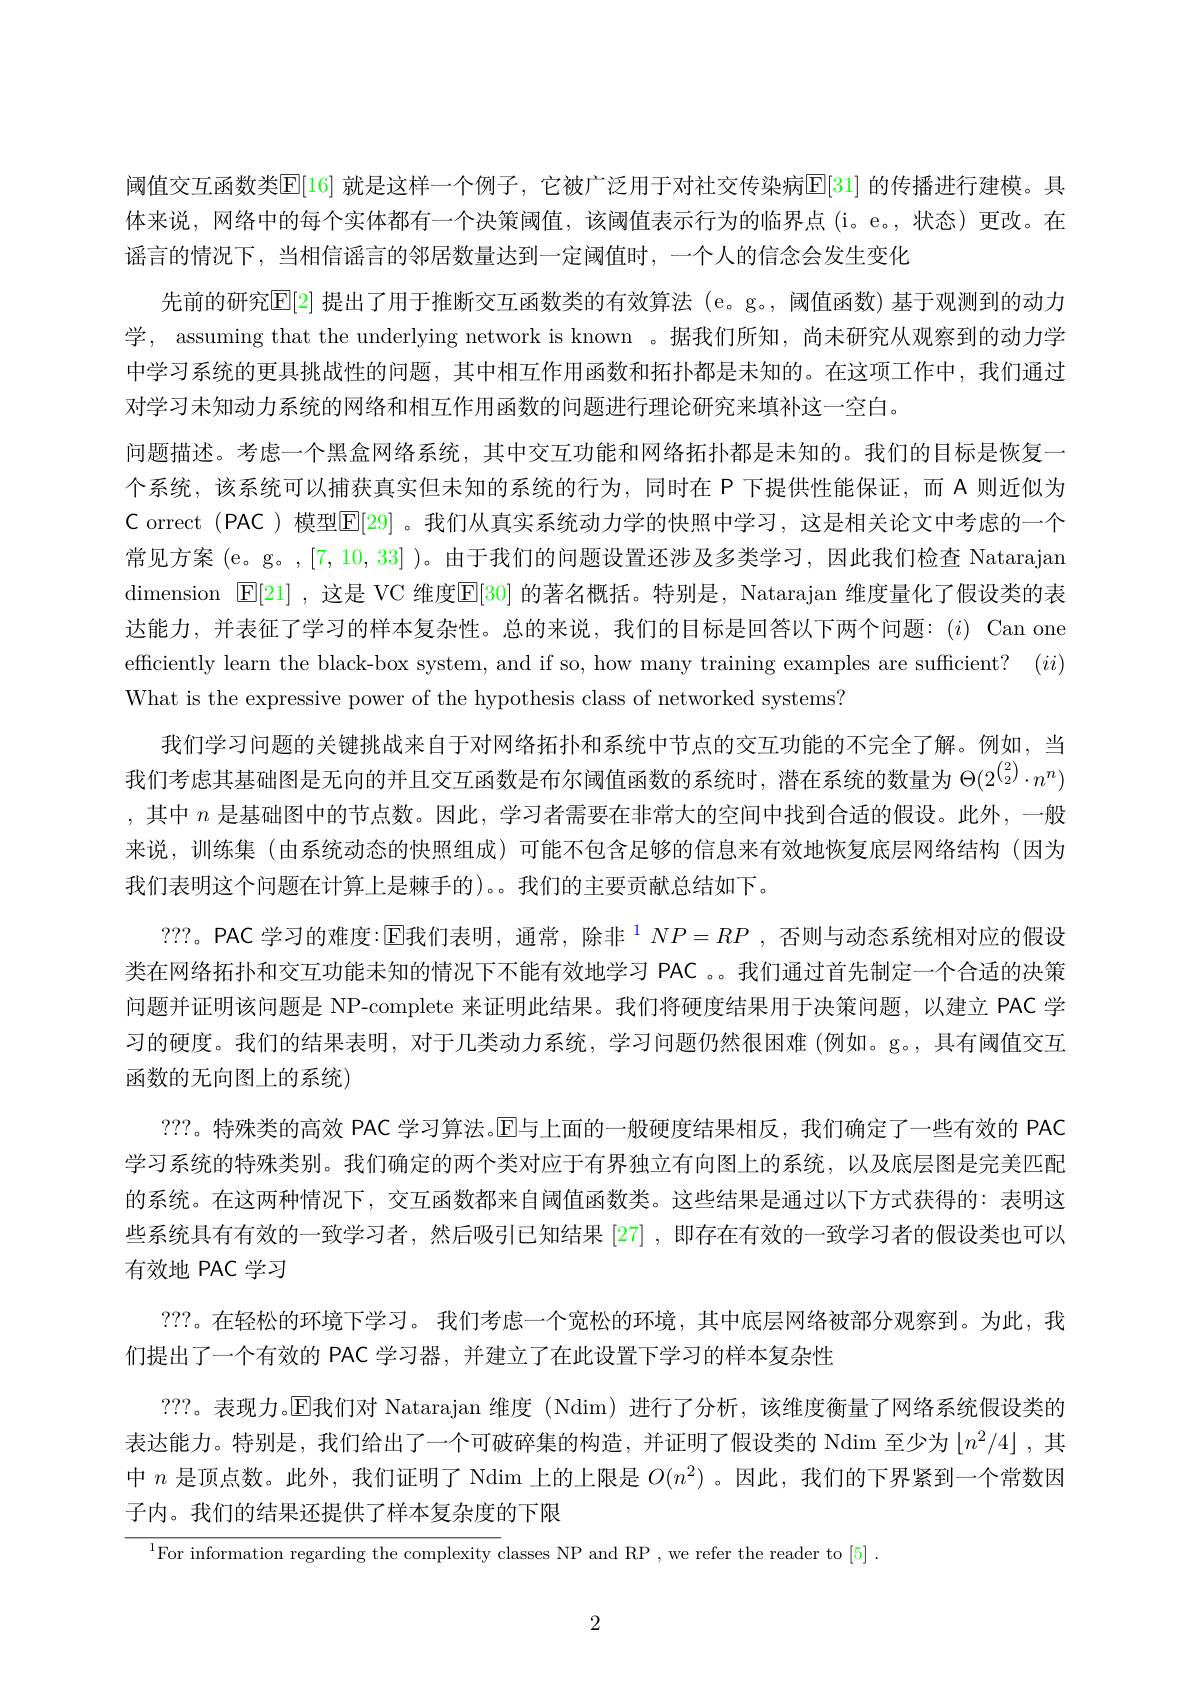
efficiently learn the black-box system, and if so, how many training examples are sufficient? $(ii)$

阈值交互函数类E[16] 就是这样一个例子，它被广泛用于对社交传染病$\mathbb{E}[31]$ 的传播进行建模。具体来说，网络中的每个实体都有一个决策阈值，该阈值表示行为的临界点(i。e。,状态)更改。在谣言的情况下，当相信谣言的邻居数量达到一定阈值时，一个人的信念会发生变化
先前的研究$\mathbb{E}[2]$ 提出了用于推断交互函数类的有效算法 (e。g。, 阈值函数) 基于观测到的动力学，assuming that the underlying network is known 。据我们所知，尚未研究从观察到的动力学中学习系统的更具挑战性的问题，其中相互作用函数和拓扑都是未知的。在这项工作中，我们通过对学习未知动力系统的网络和相互作用函数的问题进行理论研究来填补这一空白。
问题描述。考虑一个黑盒网络系统，其中交互功能和网络拓扑都是未知的。我们的目标是恢复一个系统，该系统可以捕获真实但未知的系统的行为，同时在 P 下提供性能保证，而 A 则近似为C orrect (PAC )模型$\boxed{\mathrm{E}}[29]$ 。我们从真实系统动力学的快照中学习，这是相关论文中考虑的一个常见方案(e。g。,[7,10,33] )。由于我们的问题设置还涉及多类学习，因此我们检查 Natarajan dimension $\operatorname{E}[21]$ ,这是 VC 维度$\operatorname{E}[30]$ 的著名概括。特别是，Natarajan 维度量化了假设类的表达能力，并表征了学习的样本复杂性。总的来说，我们的目标是回答以下两个问题：(i) Can one What is the expressive power of the hypothesis class of networked systems?
我们学习问题的关键挑战来自于对网络拓扑和系统中节点的交互功能的不完全了解。例如，当我们考虑其基础图是无向的并且交互函数是布尔阈值函数的系统时，潜在系统的数量为$\Theta(2^{\binom22}\cdot n^n)$ ,其中$n$是基础图中的节点数。因此，学习者需要在非常大的空间中找到合适的假设。此外，一般来说，训练集(由系统动态的快照组成)可能不包含足够的信息来有效地恢复底层网络结构(因为我们表明这个问题在计算上是棘手的)。。我们的主要贡献总结如下。
???。PAC 学习的难度：$\operatorname { E\text{我 们 表 明 , 通 常 , 除 非 }} ^{\color{red} {1}}NP= RP$ , 否则与动态系统相对应的假设类在网络拓扑和交互功能未知的情况下不能有效地学习 PAC 。。我们通过首先制定一个合适的决策问题并证明该问题是 NP-complete 来证明此结果。我们将硬度结果用于决策问题，以建立 PAC 学习的硬度。我们的结果表明，对于几类动力系统，学习问题仍然很困难(例如。g。,具有阈值交互$函数的无向图上的系统)$
???。特殊类的高效 PAC 学习算法。$\mathbb{E}$与上面的一般硬度结果相反，我们确定了一些有效的 PAC 学习系统的特殊类别。我们确定的两个类对应于有界独立有向图上的系统，以及底层图是完美匹配的系统。在这两种情况下，交互函数都来自阈值函数类。这些结果是通过以下方式获得的：表明这些系统具有有效的一致学习者，然后吸引已知结果[27] ,即存在有效的一致学习者的假设类也可以有效地 PAC 学习
???。在轻松的环境下学习。我们考虑一个宽松的环境，其中底层网络被部分观察到。为此，我
们提出了一个有效的 PAC 学习器，并建立了在此设置下学习的样本复杂性
???。表现力。回我们对 Natarajan 维度 (Ndim)进行了分析，该维度衡量了网络系统假设类的表达能力。特别是，我们给出了一个可破碎集的构造，并证明了假设类的 Ndim 至少为$\lfloor n^2/4\rfloor$ ,其中$n$是顶点数。此外，我们证明了 Ndim 上的上限是$O(n^2)$ 。因此，我们的下界紧到一个常数因子内。我们的结果还提供了样本复杂度的下限

$^{1}$For information regarding the complexity classes NP and RP , we refer the reader to [5] .

2